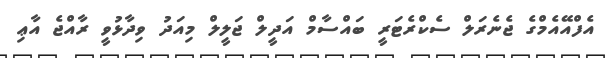
އެފްއޭއެމްގެ ޖެނެރަލް ސެކްރެޓަރީ ބައްސާމް އަދީލް ޖަލީލް މިއަދު ވިދާޅުވީ ރާއްޖެ އާޢި